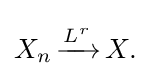
{\overset {}{X_{n}\,{\xrightarrow {L^{r}}}\,X.}}